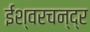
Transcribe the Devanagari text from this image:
ईश्वरचन्द्र